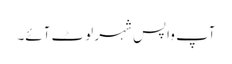
آپ واپس شہر لوٹ آئے۔